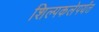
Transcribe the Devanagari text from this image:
शिल्पकलेपर्यंत